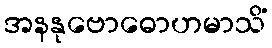
အနနုဗောဓောဟမာသိံ